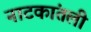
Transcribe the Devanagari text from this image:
नाटकांतली